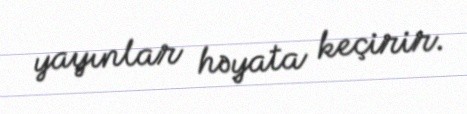
yayınlar həyata keçirir.